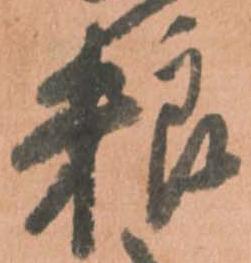
粮